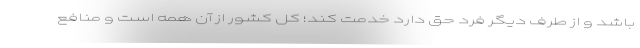
باشد و از طرف دیگر فرد حق دارد خدمت کند؛ کل کشور از آن همه است و منافع